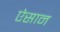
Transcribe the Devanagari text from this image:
ऐसान